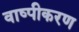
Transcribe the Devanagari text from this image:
वाष्‍पीकरण